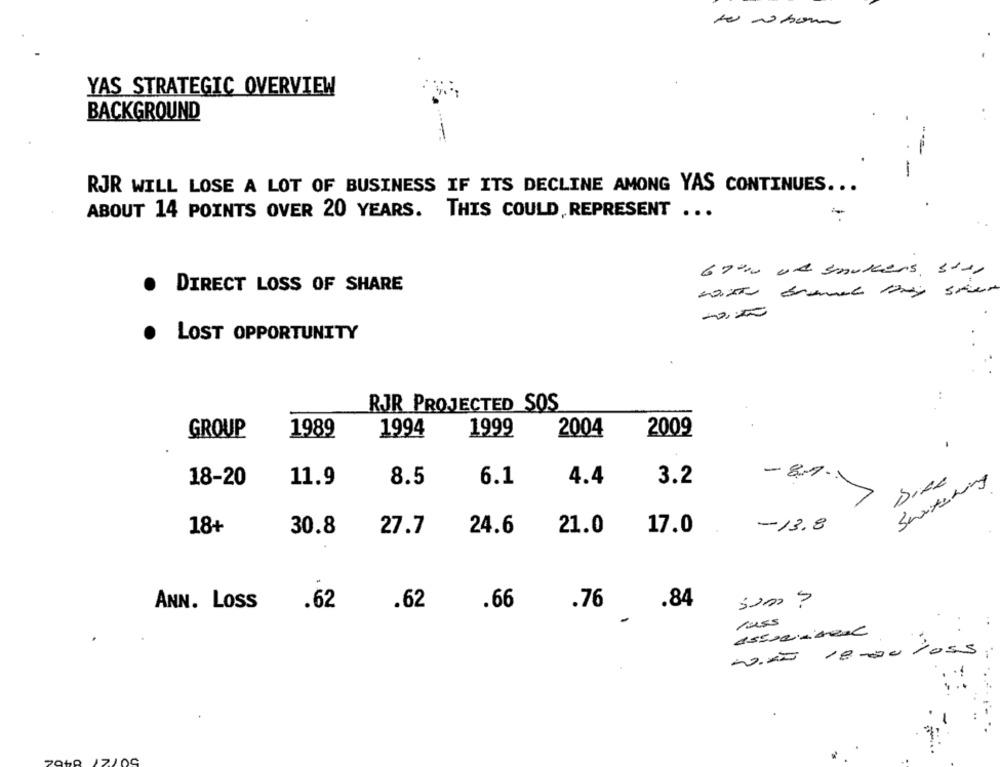
YAS STRATEGIC OVERVIEW
BACKGROUND
---
-
RJR WILL LOSE A LOT OF BUSINESS IF ITS DECLINE AMONG YAS CONTINUES ...
ABOUT 14 POINTS OVER 20 YEARS. THIS COULD,REPRESENT ...
69000 uk smokers star
. DIRECT LOSS OF SHARE
-0,50
· LOST OPPORTUNITY
..
RJR PROJECTED SOS
GROUP
1989
1994
1999
2004
2009
-
Dice
18-20
11.9
8.5
6.1
4.4
3.2
Sextaring
18+
27.7
24.6
21.0
17.0
-13.8
30.8
ANN. LOSS
.62
.62
.66
.76
.84
Som ?
-ã 18.00 los5